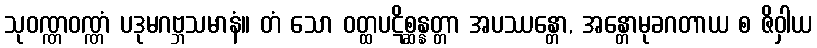
သုဝဏ္ဏဝဏ္ဏံ ပဒုမဂဗ္ဘသမာနံ။ တံ သော ဝတ္ထပဋိစ္ဆန္နတ္တာ အပဿန္တော, အန္တောမုခဂတာယ စ ဇိဝှါယ